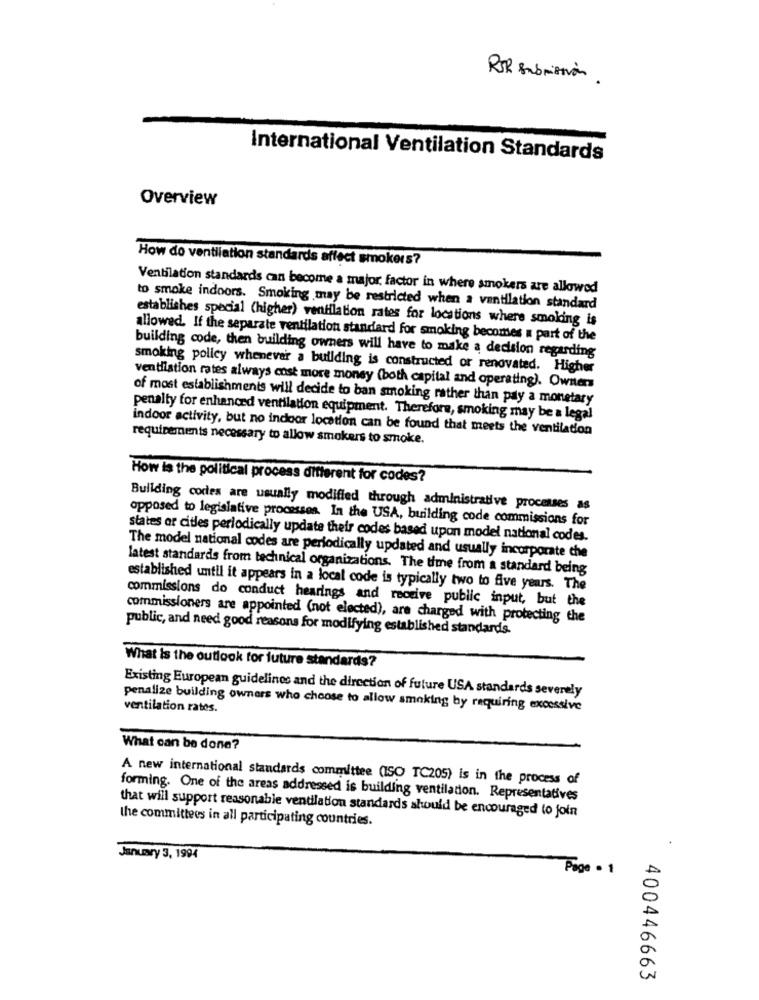
RTR submission
International Ventilation Standards
Overview
How do ventliation standards affect smokers?
Ventilation standards can become a major, factor in where smokers are allowed
to smoke indoors. Smoking may be restricted when a ventilation standard
establishes special (higher) ventilation rates for locations where smoking is
allowed. If the separate ventilation standard for smoking becomes a part of the
building code, then building owners will have to make a decision regarding
smoking policy whenever a building is constructed or renovated. Higher
ventilation rates always cost more money (both capital and operating). Owners
of most establishments will decide to ban smoking rather than paly a monetary
penalty for enhanced ventilation equipment. Therefore, smoking may be a legal
indoor activity, but no indoor location can be found that meets the ventilation
requirements necessary to allow smokers to smoke.
How is the political process different for codes?
Building codes are usually modified through administrative processes as
opposed to legislative processes. In the USA, building code commissions for
states or citles periodically update their codes based upon model national codes.
The model national codes are periodically updated and usually incorporate che
latest standards from technical organizations. The time from a standard being
established until it appears in a local code is typically two to five years. The
commissions do conduct hearings and receive public input, but the
commissioners are appointed (not elected), are charged with protecting the
public, and need good reasons for modifying established standards.
What is the outlook for future standards?
Existing European guidelines and the direction of future USA standards severely
penalize building owners who choose to allow smoking by requiring excessive
ventilation rates.
What can be done?
A new international standards committee (ISO TC205) is in the process of
forming. One of the areas addressed is building ventilation. Representatives
that will support reasonable ventilation standards shwould be encouraged to join
the committees in all participating countries.
January 3, 1994
Page - 1
400446663